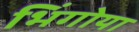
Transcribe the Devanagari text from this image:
भिंगोया